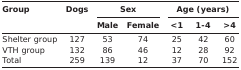
| <ROWSPAN=3> Group | <ROWSPAN=3> Dogs | <COLSPAN=2> Sex | <COLSPAN=3> Age (years) |
 | Male | Female | <1 | 1-4 | >4 |
 | --- | --- | --- | --- | --- | --- | --- |
 | Shelter group | 127 | 53 | 74 | 25 | 42 | 60 |
 | VTD group | 132 | 86 | 46 | 12 | 28 | 92 |
 | Total | 259 | 139 | 12 | 37 | 70 | 152 |